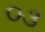
૦૩